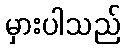
မှားပါသည်